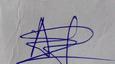
Signature authenticity: genuine